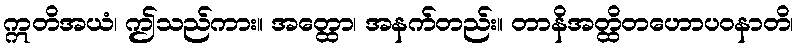
ဣတိအယံ၊ ဤသည်ကား။ အတ္ထော၊ အနက်တည်း။ တာနိအတ္ထိတဟောပဝနာတိ၊